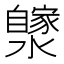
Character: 𤂼